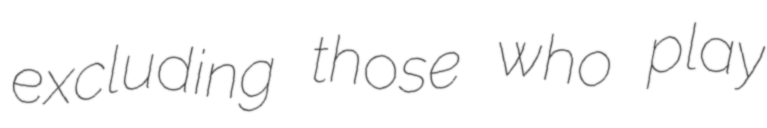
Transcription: excluding those who play